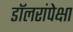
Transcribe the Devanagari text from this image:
डॉलरांपेक्षा